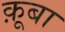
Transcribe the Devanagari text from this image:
क़ूबा